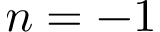
n = - 1